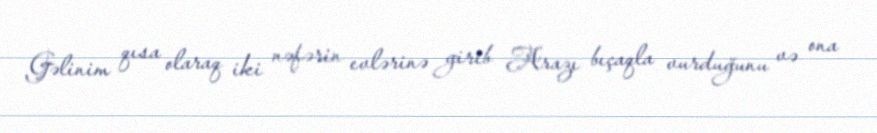
Gəlinim qısa olaraq iki nəfərin evlərinə girib Arazı bıçaqla vurduğunu və ona